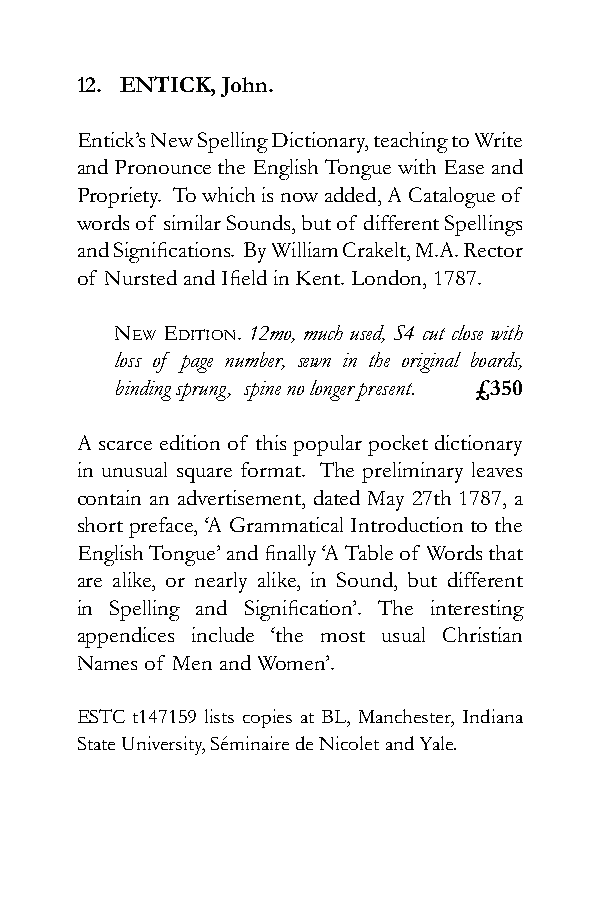
12. ENTICK, John.
 Entick’s New Spelling Dictionary, teaching to Write
 and Pronounce the English Tongue with Ease and
 Propriety. To which is now added, A Catalogue of
 words of similar Sounds, but of different Spellings
 and Significations. By William Crakelt, M.A. Rector
 of Nursted and Ifield in Kent. London, 1787.
 nEw Edition. 12mo, much used, S4 cut close with
 loss of page number, sewn in the original boards,
 binding sprung, spine no longer present. £350
 A scarce edition of this popular pocket dictionary
 in unusual square format. The preliminary leaves
 contain an advertisement, dated May 27th 1787, a
 short preface, ‘A Grammatical Introduction to the
 English Tongue’ and finally ‘A Table of Words that
 are alike, or nearly alike, in Sound, but different
 in Spelling and Signification’. The interesting
 appendices include ‘the most usual Christian
 Names of Men and Women’.
 ESTC t147159 lists copies at BL, Manchester, Indiana
 State University, Séminaire de Nicolet and Yale.